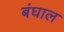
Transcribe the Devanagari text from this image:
बंघाल